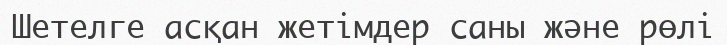
Шетелге асқан жетімдер саны және рөлі